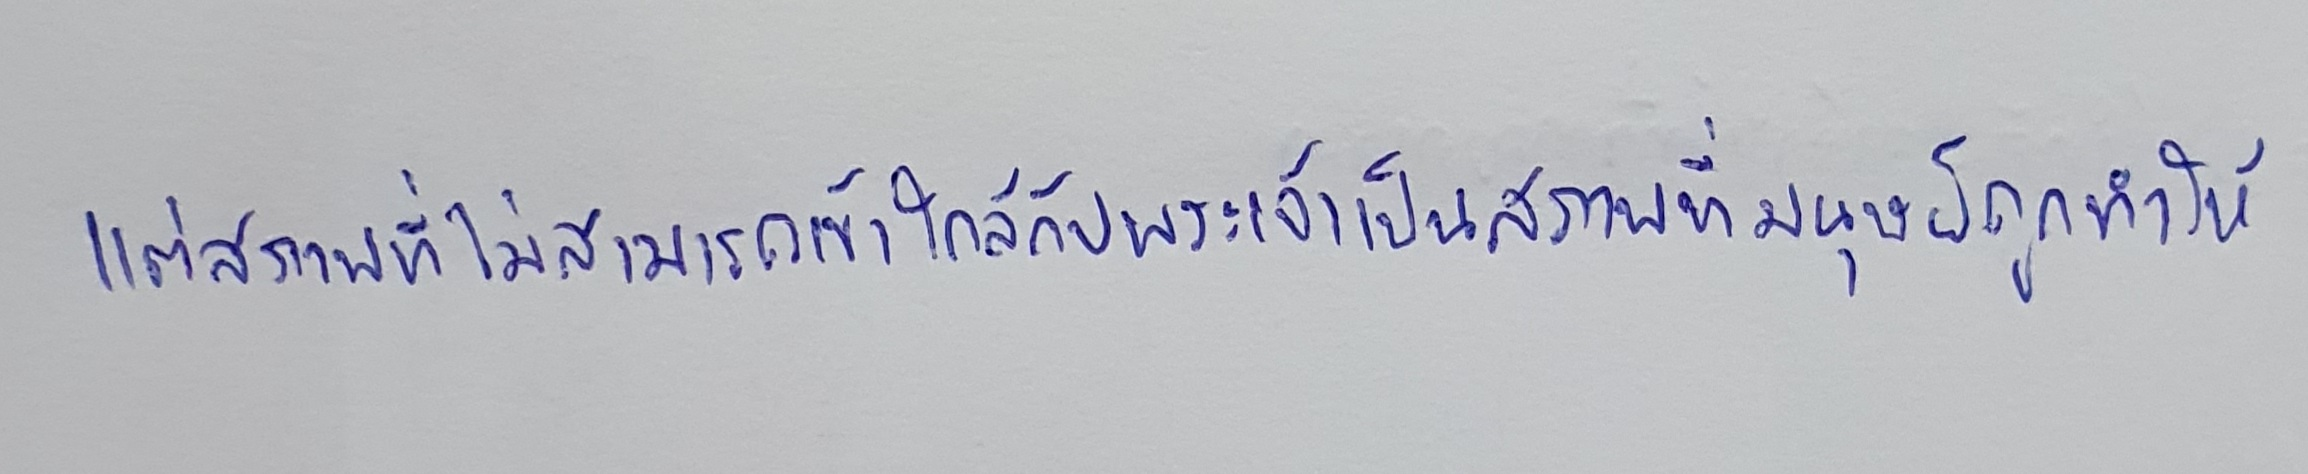
แต่สภาพที่ไม่สามารถเข้าใกล้กับพระเจ้าเป็นสภาพที่มนุษย์ถูกทำให้